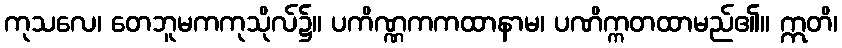
ကုသလေ၊ တေဘူမကကုသိုလ်၌။ ပကိဏ္ဏကကထာနာမ၊ ပဏိက္ကတထာမည်၏။ ဣတိ၊